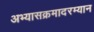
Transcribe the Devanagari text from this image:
अभ्यासक्रमादरम्यान